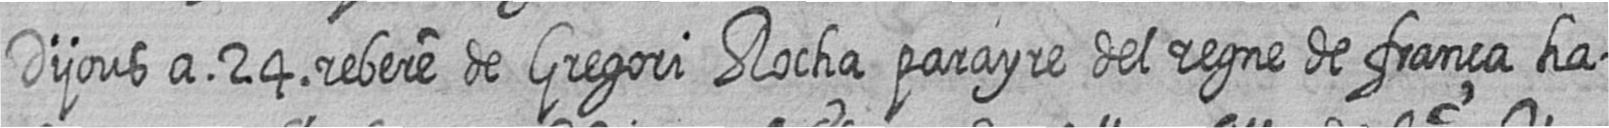
Dijous a 24 rebere de Gregori Rocha parayre del regne de frança ha=